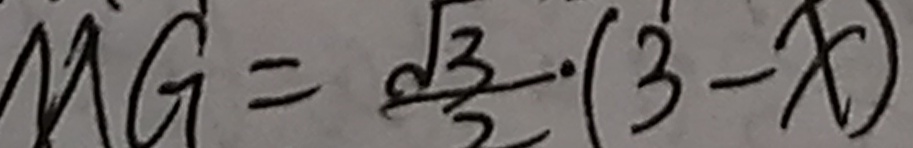
M G = \frac { \sqrt { 3 } } { 2 } \cdot ( 3 - x )